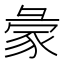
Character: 𧰺